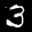
Label: 3